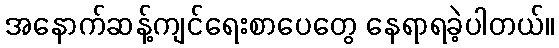
အနောက်ဆန့်ကျင်ရေးစာပေတွေ နေရာရခဲ့ပါတယ်။